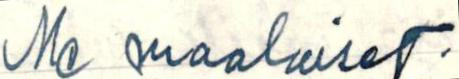
Me maalaiset.